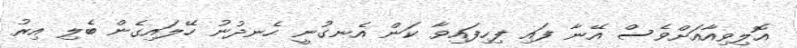
އޮލިވިއާއަށްވެސް އޭނާ ފައި ފިހިފައިވާ ކަން އެނގުނީ ހެނދުނު ހޭލައިގެން ބެލި އިރު